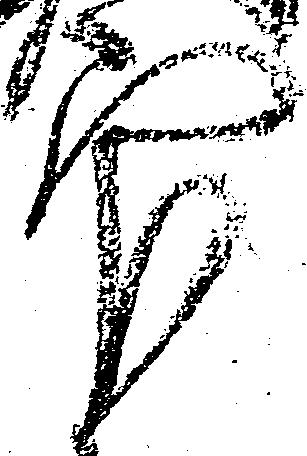
官